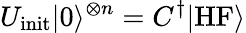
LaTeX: U_{\mathrm{init}}|0\rangle^{\otimes n}=C^{\dagger}|\mathrm{HF}\rangle